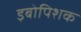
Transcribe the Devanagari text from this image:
इबोपिशक